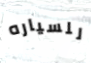
للسياره